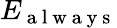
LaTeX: E_{\mathrm{~a~l~w~a~y~s~}}